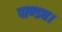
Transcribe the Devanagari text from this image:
पाण्ड्य।